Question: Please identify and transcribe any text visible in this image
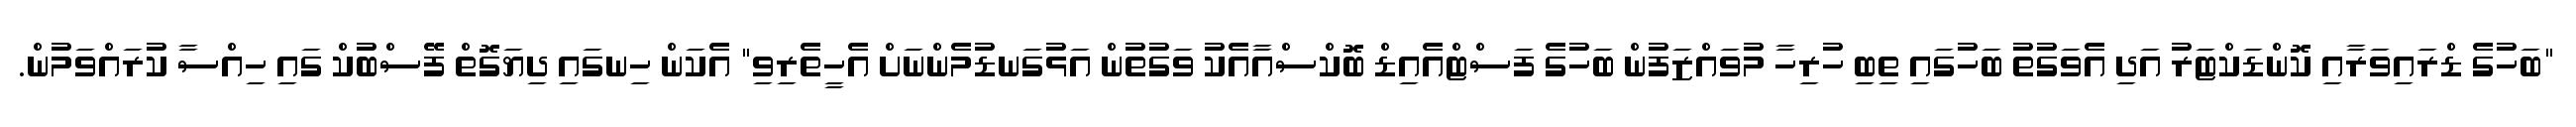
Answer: "ބަހުގެ ޑްރައިވަރާއި ކޮންޑަކްޓަރު އަދި އެވަގުތު ބަހުގައި ތިބި ހުރިހާ މުވައްޒަފުން ބަހުގެ ފަސްޓްއެއިޑް ބޮކްސްއާއެކު ވަގުތުން އަޅުގަނޑުމެންނަށް އެހީތެރިވި" އެކަން ހިނގައި ދިޔަގޮތް ފޭސްބުކް ގައި ހިއްސާ ކުރައްވަމުން.